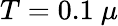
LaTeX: T=0.1\ \mu